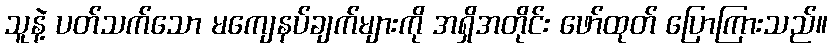
သူနဲ့ ပတ်သက်သော မကျေနပ်ချက်များကို အရှိအတိုင်း ဖော်ထုတ် ပြောကြားသည်။